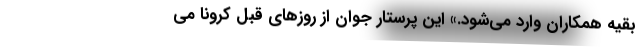
بقیه همکاران وارد می‌شود.» این پرستار جوان از روزهای قبل کرونا می